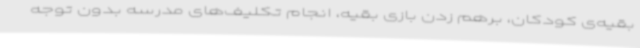
بقیه‌ی کودکان، برهم زدن بازی بقیه، انجام تکلیف‌های مدرسه بدون توجه